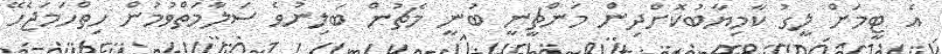
އެ ޓީމަށް ލީގު ކާމިޔާބުކޮށްދިން މަންޗީނީ ބުނީ މެޗުން ބަލިނުވެ ސަލާމަތްވުމުން ހިތްހަމަޖެހޭ